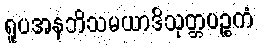
ရူပအနဘိသမယာဒိသုတ္တပဉ္စကံ